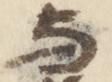
与